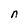
Character: n